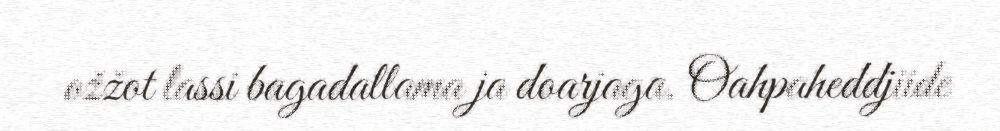
ožžot lassi bagadallama ja doarjaga. Oahpaheddjiide